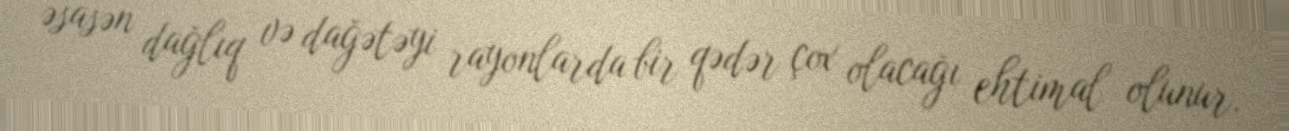
əsasən dağlıq və dağətəyi rayonlarda bir qədər çox olacağı ehtimal olunur.